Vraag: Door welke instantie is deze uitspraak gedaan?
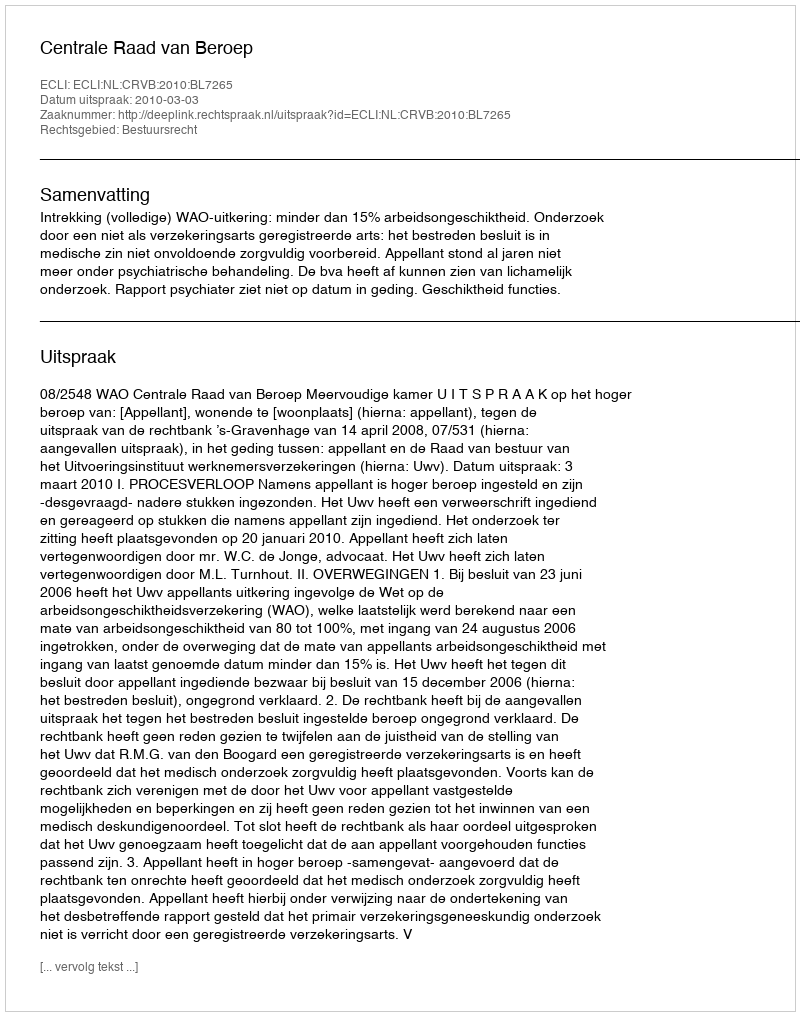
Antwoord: Centrale Raad van Beroep